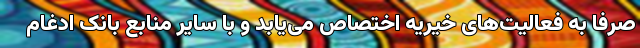
صرفاً به فعالیت‌های خیریه اختصاص می‌یابد و با سایر منابع بانک ادغام